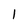
Character: 1